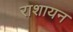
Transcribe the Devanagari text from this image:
राशायन